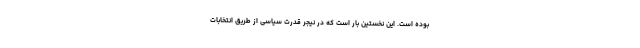
بوده است. این نخستین بار است که در نیجر قدرت سیاسی از طریق انتخابات